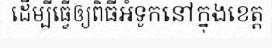
ដើម្បីធ្វើឲ្យពិធីអំទូកនៅក្នុងខេត្ត